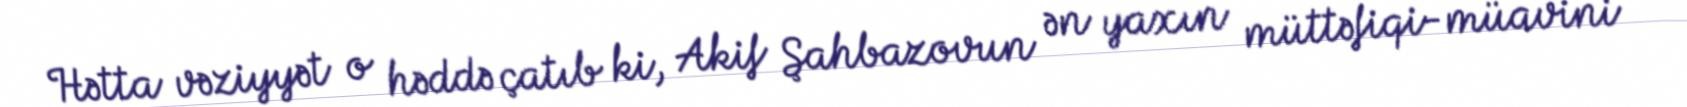
Hətta vəziyyət o həddə çatıb ki, Akif Şahbazovun ən yaxın müttəfiqi-müavini